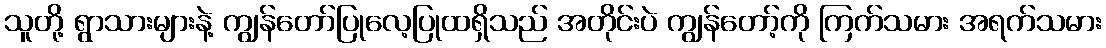
သူတို့ ရွာသားများနဲ့ ကျွန်တော်ပြုလေ့ပြုထရှိသည် အတိုင်းပဲ ကျွန်တော့်ကို ကြက်သမား အရက်သမား